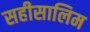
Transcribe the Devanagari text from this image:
सहीसालिम